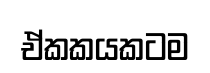
ඒකකයකටම